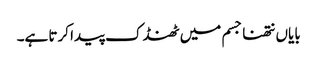
بایاں نتھنا جسم میں ٹھنڈک پیدا کرتا ہے۔